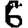
Digit: 6